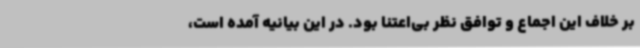
بر خلاف این اجماع و توافق نظر بی‌اعتنا بود. در این بیانیه آمده است،